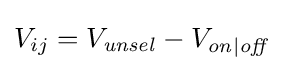
V_{ij}=V_{\mathit {unsel}}-V_{\mathit {on|off}}